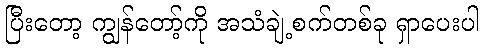
ပြီးတော့ ကျွန်တော့်ကို အသံချဲ့စက်တစ်ခု ရှာပေးပါ